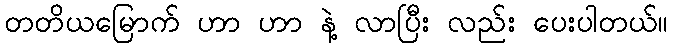
တတိယမြောက် ဟာ ဟာ နဲ့ လာပြီး လည်း ပေးပါတယ်။